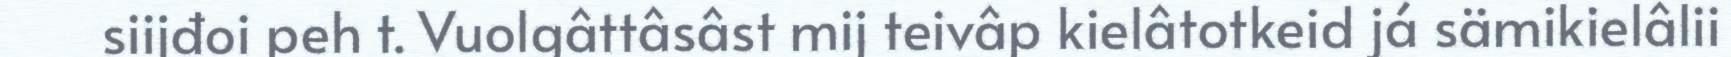
siijđoi peh t. Vuolgâttâsâst mij teivâp kielâtotkeid já sämikielâlii